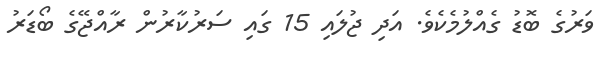
ވަރުގެ ބޮޑު ގެއްލުމެކެވެ. އަދި ޖުލައި 15 ގައި ސަރުކާރުން ރާއްޖޭގެ ބޯޑަރު